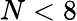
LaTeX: N<8